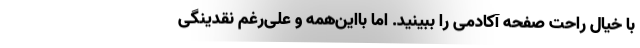
با خیال راحت صفحه آکادمی را ببینید. اما بااین‌همه و علی‌رغم نقدینگی